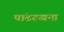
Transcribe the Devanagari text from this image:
पांढरुखया